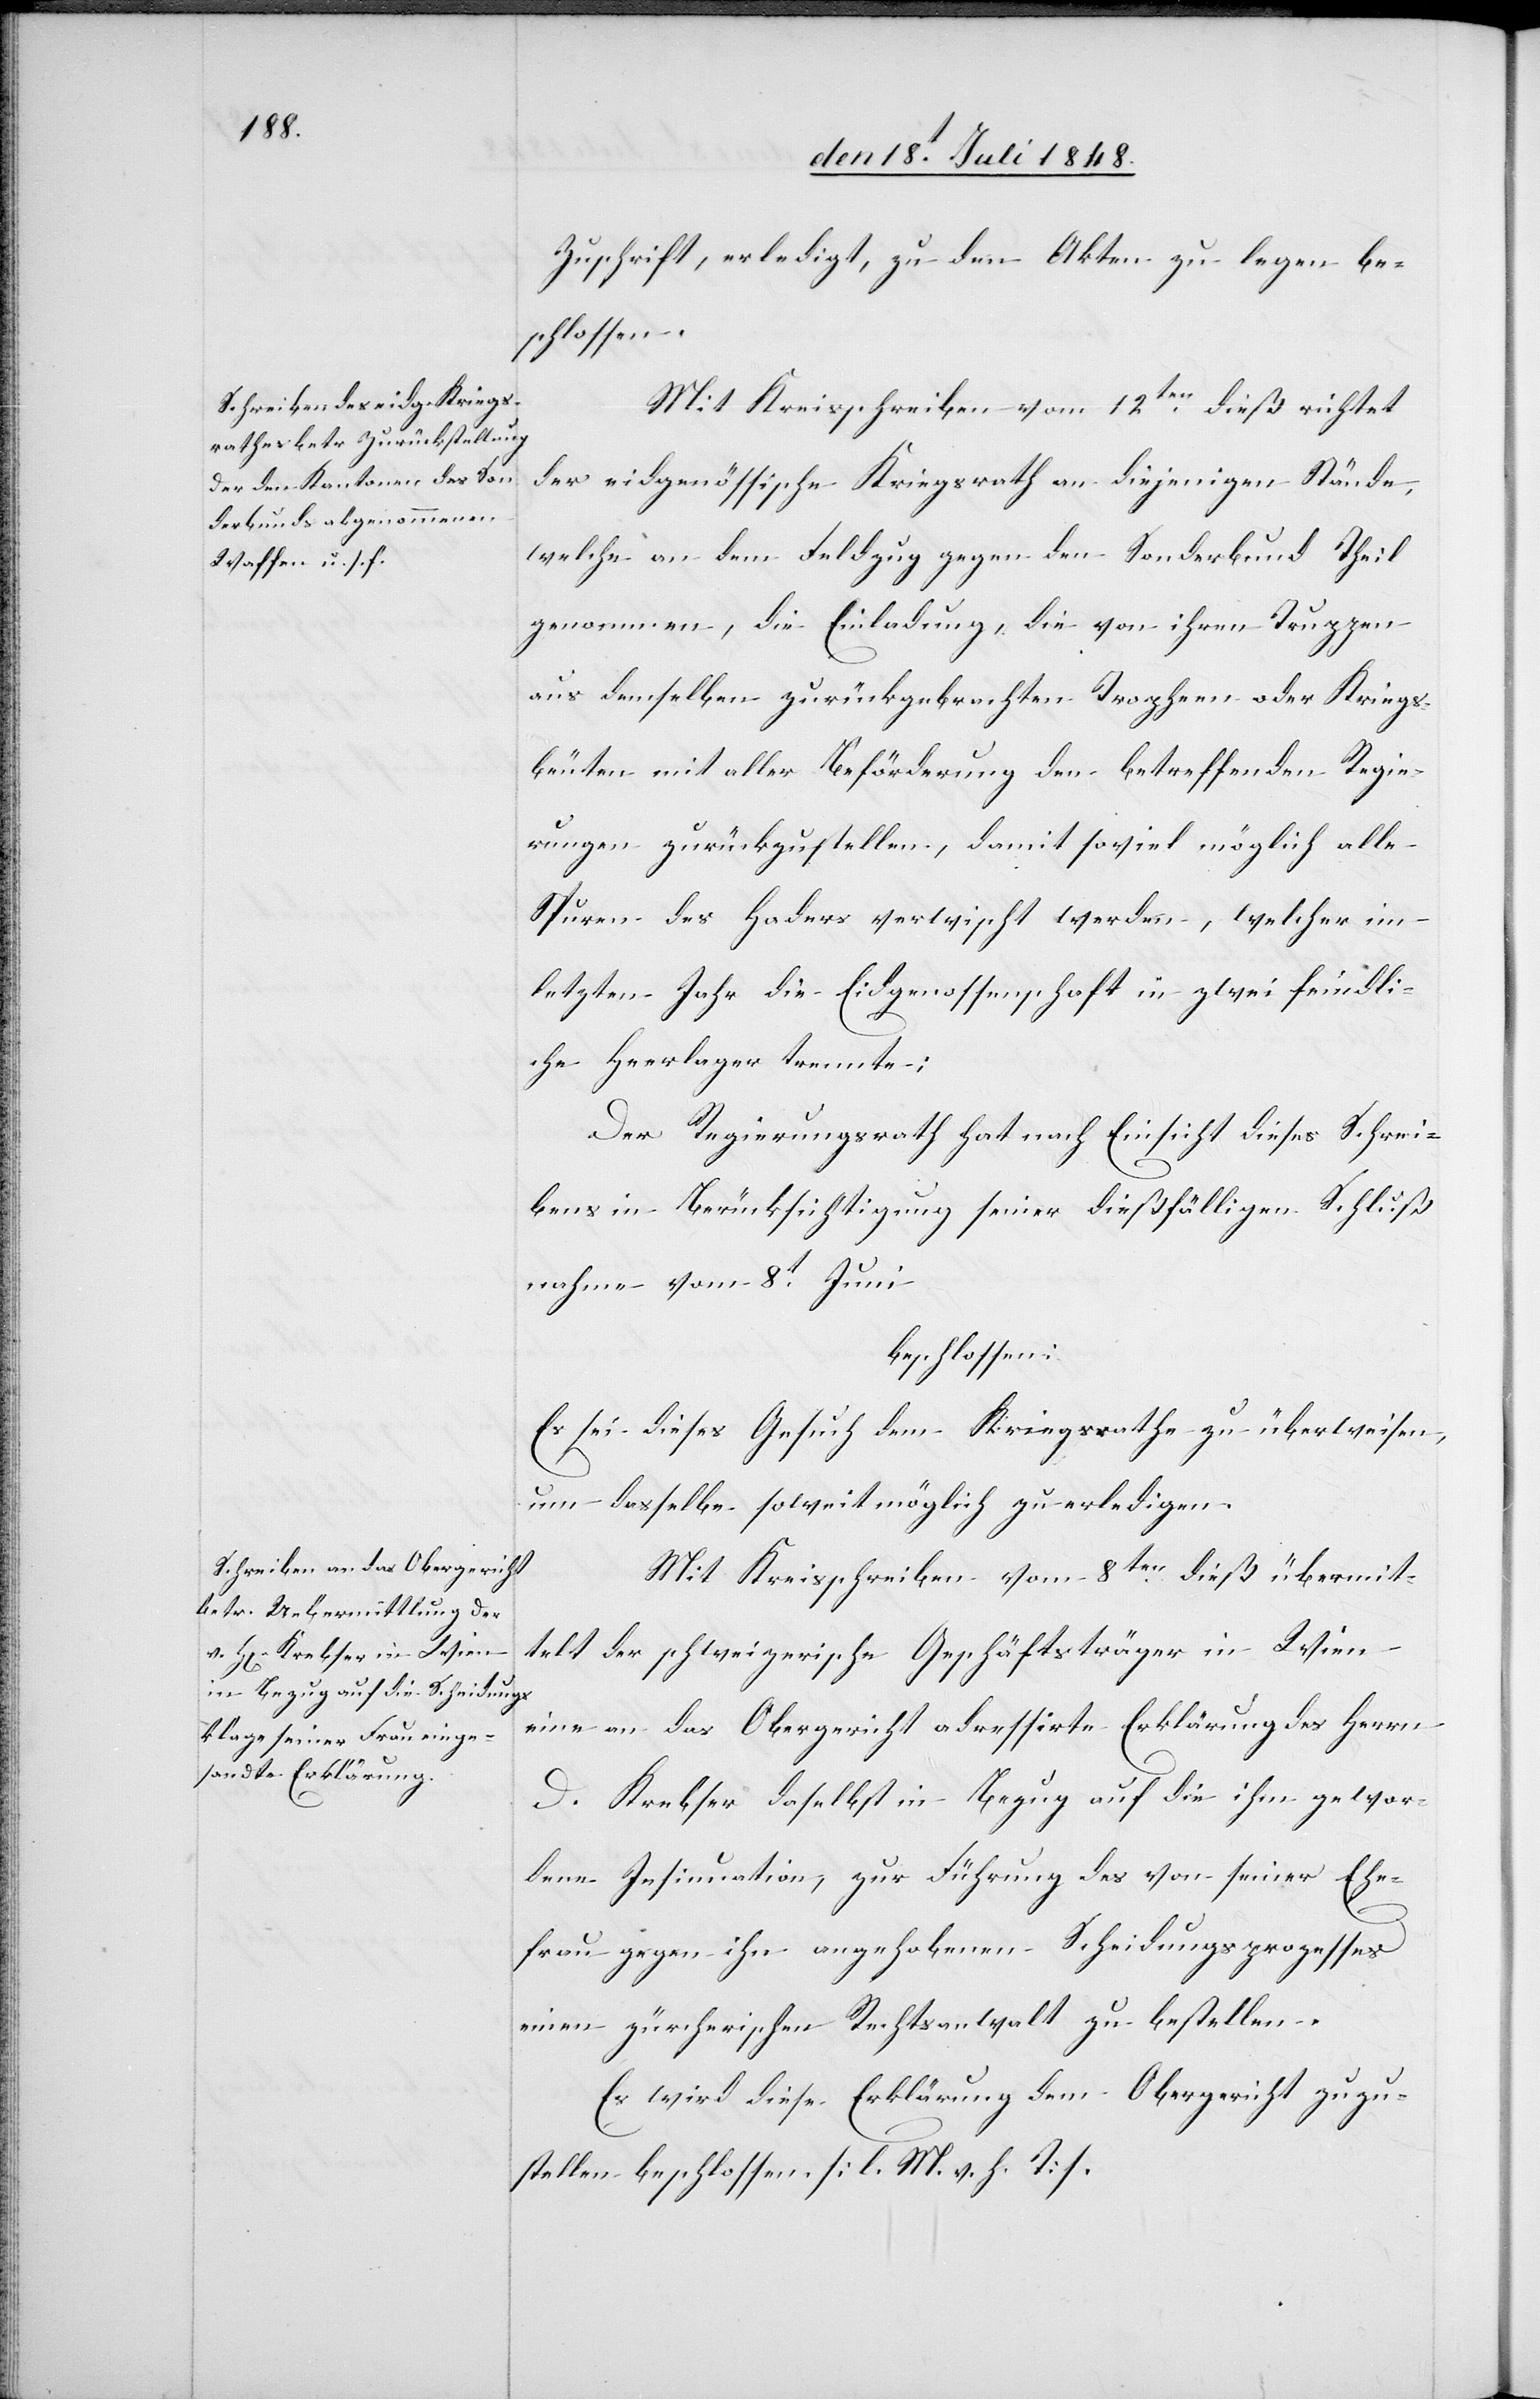
Zuschrift, erledigt, zu den Akten zu legen be¬
schlossen.
Mit Kreisschreiben vom 12ten dieß richtet
der eidgenössische Kriegsrath an diejenigen Stände,
welche an dem Feldzug gegen den Sonderbund Theil
genommen, die Einladung, die von ihren Truppen
aus demselben zurückgebrachten Tropheen oder Kriegs¬
beuten mit aller Beförderung den betreffenden Regie¬
rungen zurückzustellen, damit soviel möglich alle
Spuren des Haders verwischt werden, welcher im
letzten Jahr die Eidgenossenschaft in zwei feindli¬
che Heerlager trennte;
Der Regierungsrath hat nach Einsicht dieses Schrei¬
bens in Berücksichtigung seiner dießfälligen Schluß¬
nahme vom 8t Juni
beschlossen:
Es sei dieses Gesuch dem Kriegsrathe zu überweisen,
um dasselbe soweit möglich zu erledigen.
Mit Kreisschreiben vom 8ten dieß übermit¬
telt der schweizerische Geschäftsträger in Wien
eine an das Obergericht adressirte Erklärung des Herrn
D. Krebser daselbst in Bezug auf die gewor¬
dene Insinuation, zur Führung des von seiner Ehe¬
frau gegen ihn angehobenen Scheidungsprozesses
einen zürcherischen Rechtsanwalt zu bestellen.
Es wird diese Erklärung dem Obergericht zuzu¬
stellen beschlossen. [l. M. v. h. T]